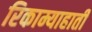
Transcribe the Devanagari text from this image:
रिकाम्याहाती